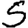
Digit: 5